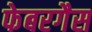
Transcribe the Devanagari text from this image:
फेबरगैस